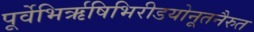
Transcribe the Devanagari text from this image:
पूर्वेभिर्ऋषिभिरीडयोनूतनैरुत